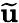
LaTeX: \widetilde{\mathbf{u}}